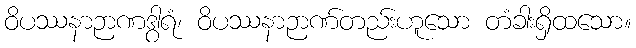
ဝိပဿနာဉာဏဒွါရံ၊ ဝိပဿနာဉာဏ်တည်းဟူသော တံခါးရှိထသော။